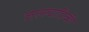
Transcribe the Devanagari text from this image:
जलवाहिकी